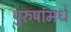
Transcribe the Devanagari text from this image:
पुरुषांमधे